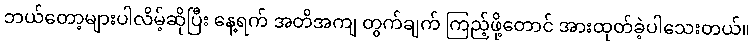
ဘယ်တော့များပါလိမ့်ဆိုပြီး နေ့ရက် အတိအကျ တွက်ချက် ကြည့်ဖို့တောင် အားထုတ်ခဲ့ပါသေးတယ်။